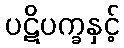
ပဋိပက္ခနှင့်